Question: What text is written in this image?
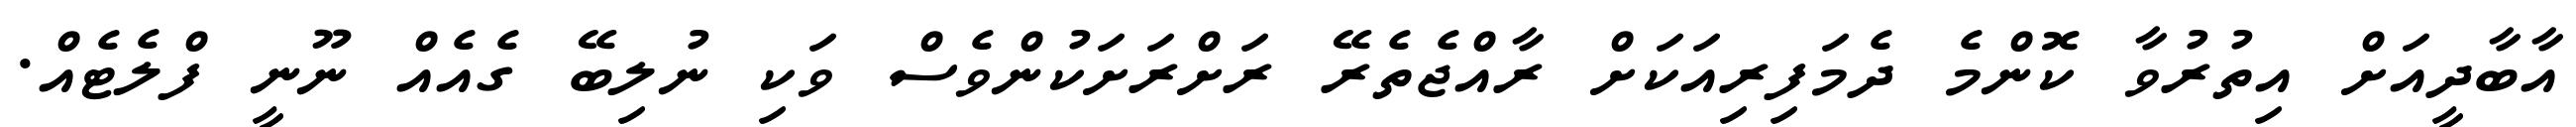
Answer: އާބާދީއަށް އިތުރުވާ ކޮންމެ ދެމަފިރިއަކަށް ރާއްޖެތެރޭ ރަށްރަށަކުންވެސް ވަކި ނުލިބޭ ގެއެއް ނޫނީ ފްލެޓެއް.